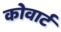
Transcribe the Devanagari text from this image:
कोवार्ट